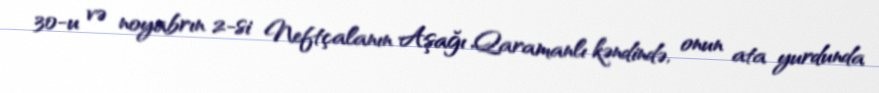
30-u və noyabrın 2-si Neftçalanın Aşağı Qaramanlı kəndində, onun ata yurdunda